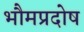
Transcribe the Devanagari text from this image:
भौमप्रदोष